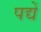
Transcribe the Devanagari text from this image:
पद्यें